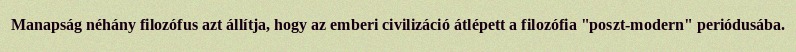
Manapság néhány filozófus azt állítja, hogy az emberi civilizáció átlépett a filozófia "poszt-modern" periódusába.